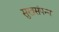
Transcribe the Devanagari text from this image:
सुखसंपन्न